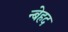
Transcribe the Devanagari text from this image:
न्बेहद